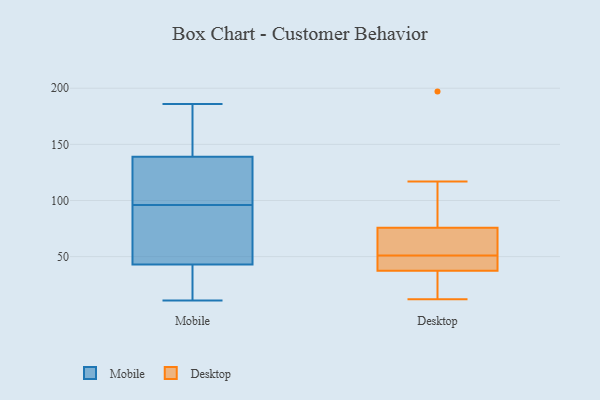
{"axis": {"x": "Waste Production (Tons)", "y": "Value"}, "legend": ["Desktop", "Mobile"], "data": [{"x": "", "y": 94, "type": "Mobile"}, {"x": "", "y": 121, "type": "Mobile"}, {"x": "", "y": 11, "type": "Mobile"}, {"x": "", "y": 98, "type": "Mobile"}, {"x": "", "y": 177, "type": "Mobile"}, {"x": "", "y": 88, "type": "Mobile"}, {"x": "", "y": 16, "type": "Mobile"}, {"x": "", "y": 43, "type": "Mobile"}, {"x": "", "y": 139, "type": "Mobile"}, {"x": "", "y": 119, "type": "Mobile"}, {"x": "", "y": 135, "type": "Mobile"}, {"x": "", "y": 177, "type": "Mobile"}, {"x": "", "y": 186, "type": "Mobile"}, {"x": "", "y": 11, "type": "Mobile"}, {"x": "", "y": 183, "type": "Mobile"}, {"x": "", "y": 89, "type": "Mobile"}, {"x": "", "y": 17, "type": "Mobile"}, {"x": "", "y": 84, "type": "Mobile"}, {"x": "", "y": 197, "type": "Desktop"}, {"x": "", "y": 42, "type": "Desktop"}, {"x": "", "y": 77, "type": "Desktop"}, {"x": "", "y": 117, "type": "Desktop"}, {"x": "", "y": 72, "type": "Desktop"}, {"x": "", "y": 23, "type": "Desktop"}, {"x": "", "y": 51, "type": "Desktop"}, {"x": "", "y": 57, "type": "Desktop"}, {"x": "", "y": 12, "type": "Desktop"}, {"x": "", "y": 36, "type": "Desktop"}, {"x": "", "y": 44, "type": "Desktop"}]}